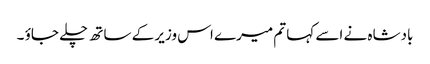
بادشاہ نے اسے کہا تم میرے اس وزیر کے ساتھ چلے جاؤ ۔